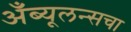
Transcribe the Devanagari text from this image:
अँब्यूलन्सचा